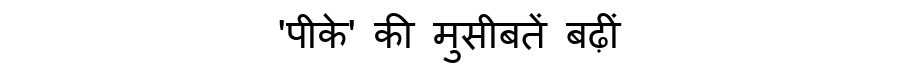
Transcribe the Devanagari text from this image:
'पीके' की मुसीबतें बढ़ीं